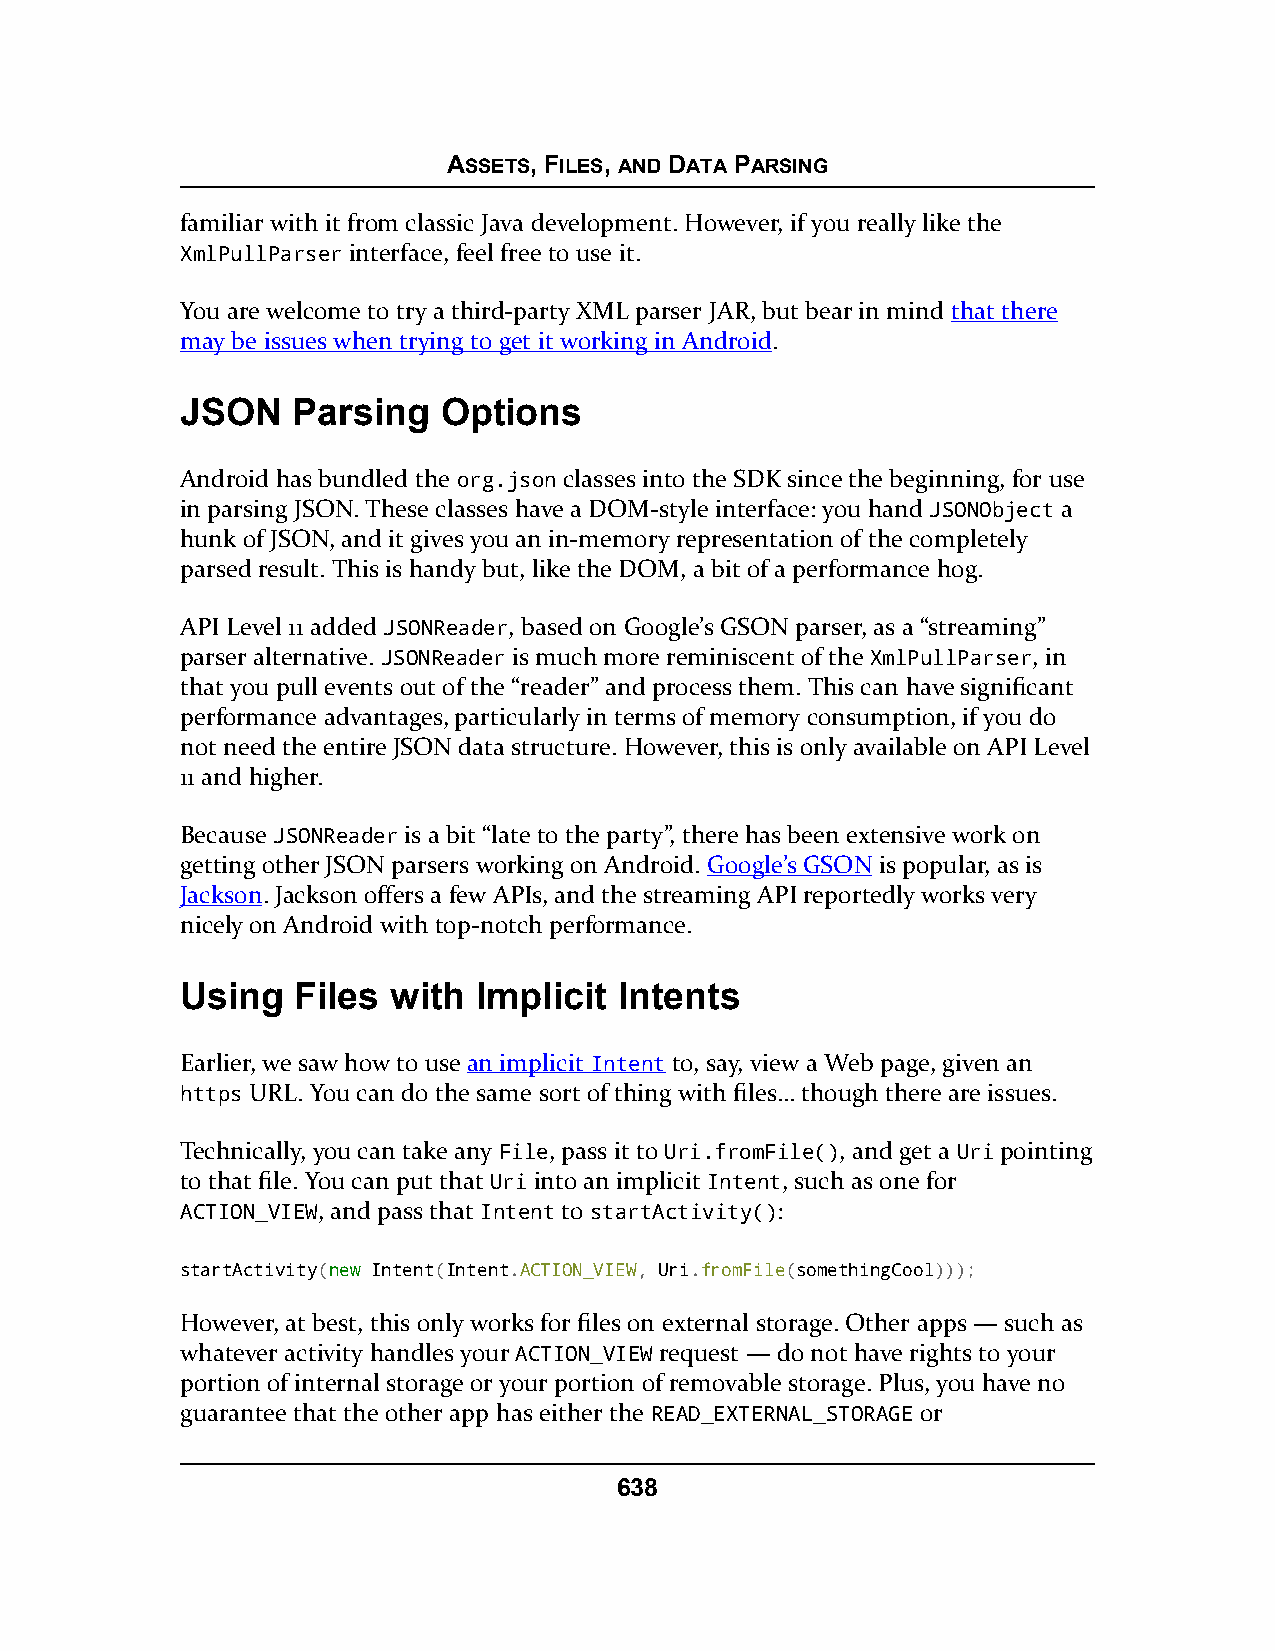
ASSETS, FILES, AND DATA PARSING
 familiar with it from classic Java development. However, if you really like the
 XmlPullParser interface, feel free to use it.
 You are welcome to try a third-party XML parser JAR, but bear in mind that there
 may be issues when trying to get it working in Android.
 JSON   Parsing   Options
 Android has bundled the org.json classes into the SDK since the beginning, for use
 in parsing JSON. These classes have a DOM-style interface: you hand JSONObject a
 hunk of JSON, and it gives you an in-memory representation of the completely
 parsed result. This is handy but, like the DOM, a bit of a performance hog.
 API Level 11 added JSONReader, based on Google’s GSON parser, as a “streaming”
 parser alternative. JSONReader is much more reminiscent of the XmlPullParser, in
 that you pull events out of the “reader” and process them. This can have significant
 performance advantages, particularly in terms of memory consumption, if you do
 not need the entire JSON data structure. However, this is only available on API Level
 11 and higher.
 Because JSONReader is a bit “late to the party”, there has been extensive work on
 getting other JSON parsers working on Android. Google’s GSON is popular, as is
 Jackson. Jackson offers a few APIs, and the streaming API reportedly works very
 nicely on Android with top-notch performance.
 Using  Files  with Implicit  Intents
 Earlier, we saw how to use an implicit Intent to, say, view a Web page, given an
 https URL. You can do the same sort of thing with files… though there are issues.
 Technically, you can take any File, pass it to Uri.fromFile(), and get a Uri pointing
 to that file. You can put that Uri into an implicit Intent, such as one for
 ACTION_VIEW, and pass that Intent to startActivity():
 startActivity(nneeww Intent(Intent.ACTION_VIEW, Uri.fromFile(somethingCool)));
 However, at best, this only works for files on external storage. Other apps — such as
 whatever activity handles your ACTION_VIEW request — do not have rights to your
 portion of internal storage or your portion of removable storage. Plus, you have no
 guarantee that the other app has either the READ_EXTERNAL_STORAGE or
 638